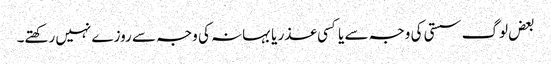
بعض لوگ سستی کی وجہ سے یا کسی عذر یا بہانہ کی وجہ سے روزے نہیں رکھتے۔